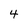
Character: 4